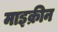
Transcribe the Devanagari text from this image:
माइक्रीन